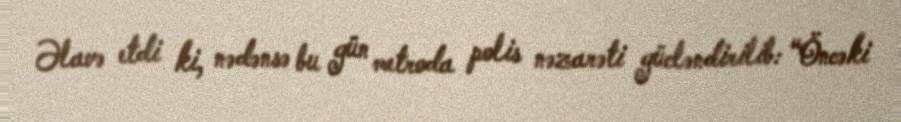
Əlavə etdi ki, nədənsə bu gün metroda polis nəzarəti gücləndirilib: “Öncəki